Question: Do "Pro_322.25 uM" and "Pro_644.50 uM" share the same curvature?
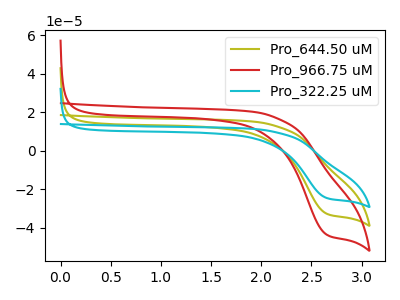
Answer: <think>The olive curve "Pro_644.50 uM" has a cathodic peak at: (2.65V, -32.50uA). The red curve "Pro_966.75 uM" has a cathodic peak at: (2.65V, -65.00uA). The cyan curve "Pro_322.25 uM" has a cathodic peak at: (2.65V, -24.40uA).
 All the peaks in "Pro_322.25 uM" have a peak in "Pro_644.50 uM" at the same potential. Every peak in "Pro_322.25 uM" is lower than every peak in "Pro_644.50 uM".</think>
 <answer>"Pro_322.25 uM" and "Pro_644.50 uM" are similar in shape.</answer>
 <eval>same_shape</eval>